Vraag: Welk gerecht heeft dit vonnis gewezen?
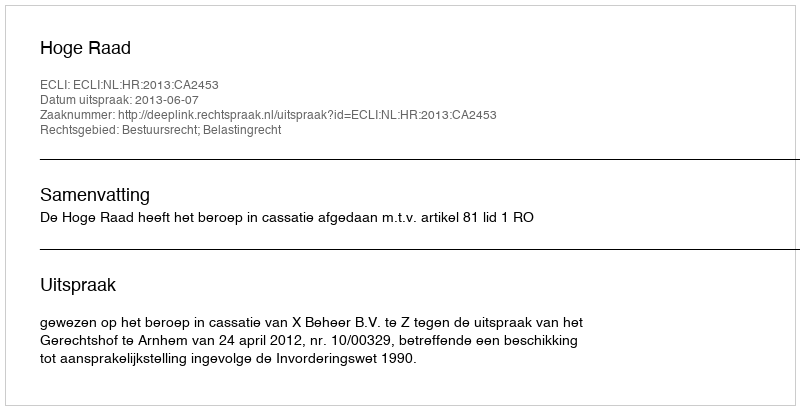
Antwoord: Hoge Raad